画像に写った文字を読んでください
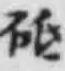
「砥」と書いてあります